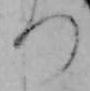
つ